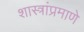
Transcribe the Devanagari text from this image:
शास्त्रांप्रमाणे